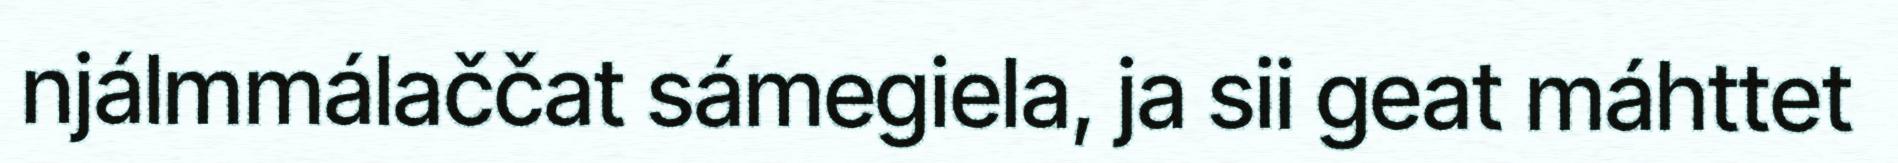
njálmmálaččat sámegiela, ja sii geat máhttet